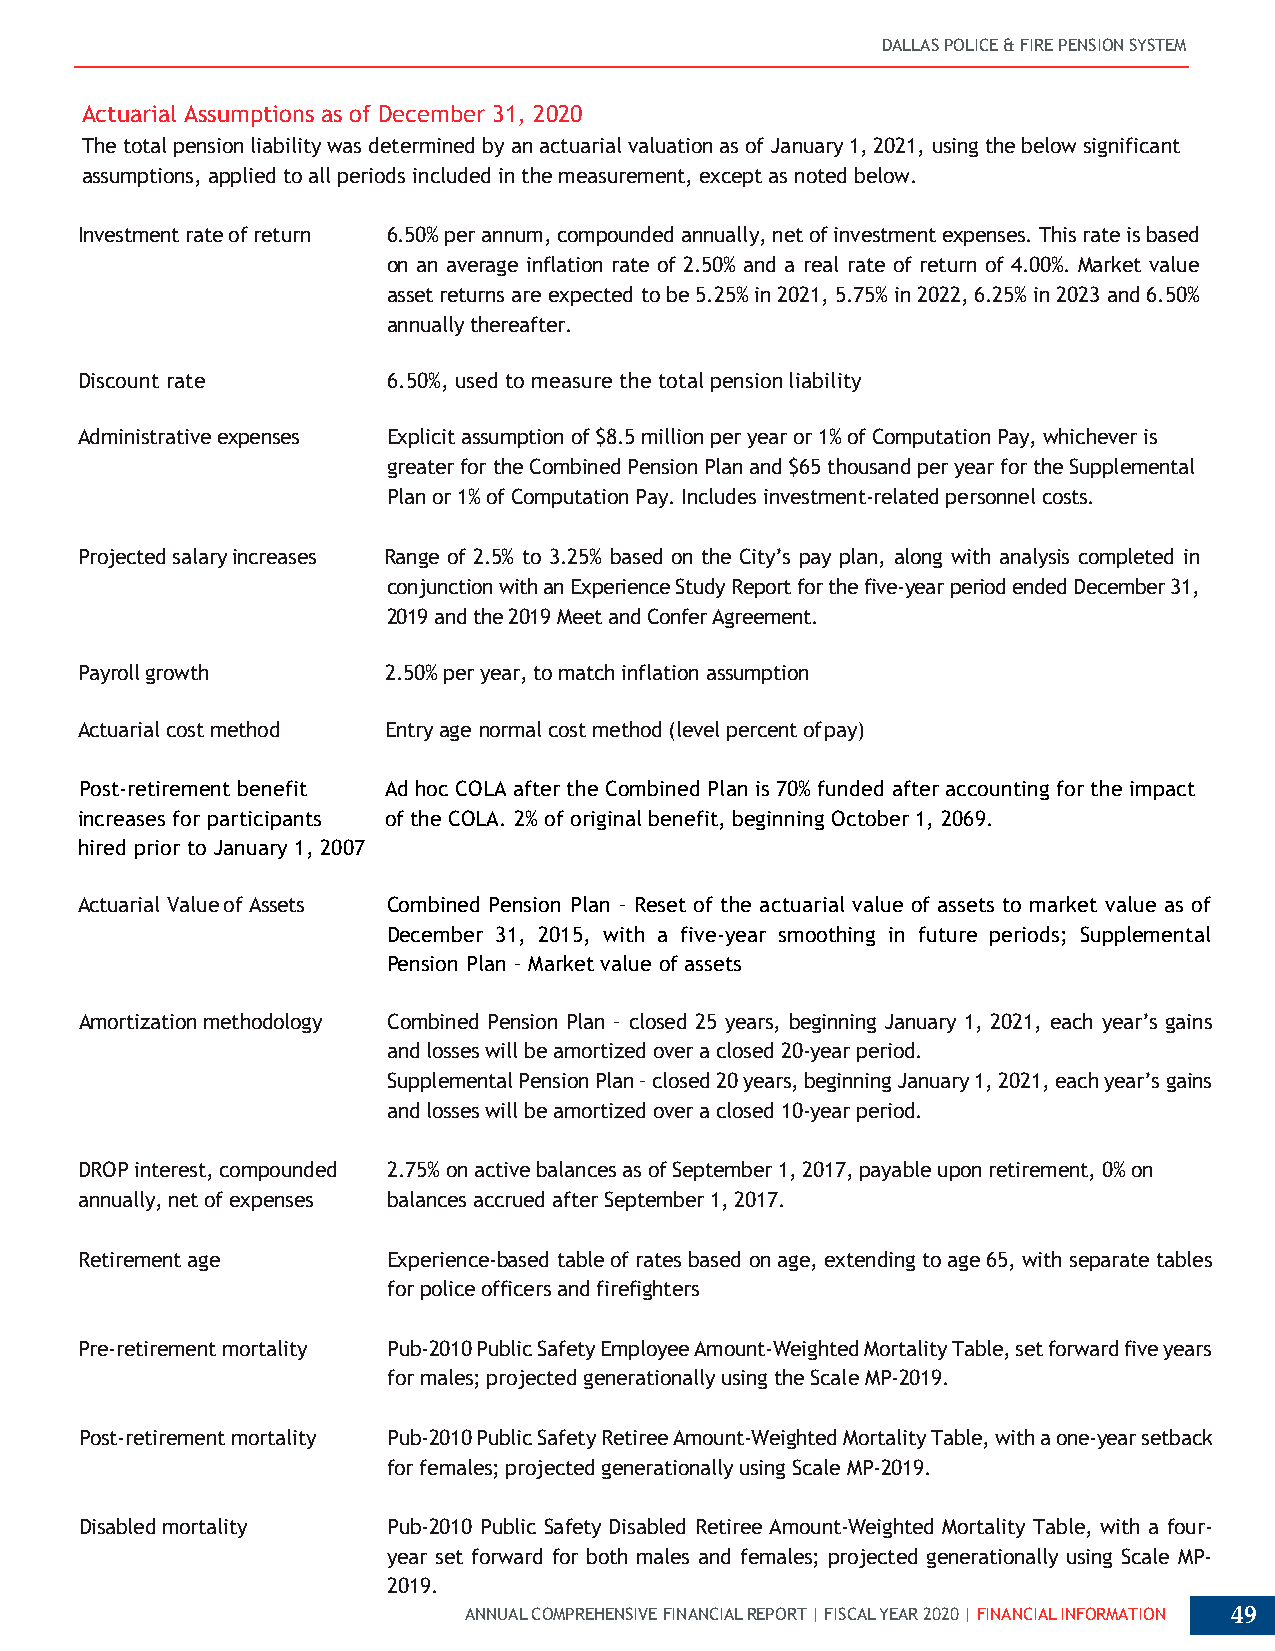
DALLAS POLICE & FIRE PENSION SYSTEM
 Actuarial Assumptions as of December 31, 2020
 The total pension liability was determined by an actuarial valuation as of January 1, 2021, using the below significant
 assumptions, applied to all periods included in the measurement, except as noted below.
 Investment rate of return 6.50% per annum, compounded annually, net of investment expenses. This rate is based
 on an average inflation rate of 2.50% and a real rate of return of 4.00%. Market value
 asset returns are expected to be 5.25% in 2021, 5.75% in 2022, 6.25% in 2023 and 6.50%
 annually thereafter.
 Discount rate        6.50%, used to measure the total pension liability
 Administrative expenses Explicit assumption of $8.5 million per year or 1% of Computation Pay, whichever is
 greater for the Combined Pension Plan and $65 thousand per year for the Supplemental
 Plan or 1% of Computation Pay. Includes investment-related personnel costs.
 Projected salary increases Range of 2.5% to 3.25% based on the City’s pay plan, along with analysis completed in
 conjunction with an Experience Study Report for the five-year period ended December 31,
 2019 and the 2019 Meet and Confer Agreement.
 Payroll growth      2.50% per year, to match inflation assumption
 Actuarial cost method Entry age normal cost method (level percent of pay)
 Post-retirement benefit Ad hoc COLA after the Combined Plan is 70% funded after accounting for the impact
 increases for participants of the COLA. 2% of original benefit, beginning October 1, 2069.
 hired prior to January 1, 2007
 Actuarial Value of Assets Combined Pension Plan – Reset of the actuarial value of assets to market value as of
 December 31, 2015, with a five-year smoothing in future periods; Supplemental
 Pension Plan – Market value of assets
 Amortization methodology Combined Pension Plan – closed 25 years, beginning January 1, 2021, each year’s gains
 and losses will be amortized over a closed 20-year period.
 Supplemental Pension Plan – closed 20 years, beginning January 1, 2021, each year’s gains
 and losses will be amortized over a closed 10-year period.
 DROP interest, compounded 2.75% on active balances as of September 1, 2017, payable upon retirement, 0% on
 annually, net of expenses balances accrued after September 1, 2017.
 Retirement age       Experience-based table of rates based on age, extending to age 65, with separate tables
 for police officers and firefighters
 Pre-retirement mortality Pub-2010 Public Safety Employee Amount-Weighted Mortality Table, set forward five years
 for males; projected generationally using the Scale MP-2019.
 Post-retirement mortality Pub-2010 Public Safety Retiree Amount-Weighted Mortality Table, with a one-year setback
 for females; projected generationally using Scale MP-2019.
 Disabled mortality   Pub-2010 Public Safety Disabled Retiree Amount-Weighted Mortality Table, with a four-
 year set forward for both males and females; projected generationally using Scale MP-
 2019.
 ANNUAL COMPREHENSIVE FINANCIAL REPORT | FISCAL YEAR 2020 | FINANCIAL INFORMATION 49